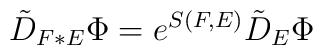
\tilde D_{F\ast E}\Phi=e^{S(F,E)}\tilde D_E\Phi